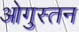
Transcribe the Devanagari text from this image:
ओगुस्तन